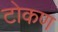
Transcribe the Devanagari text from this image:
टोकण